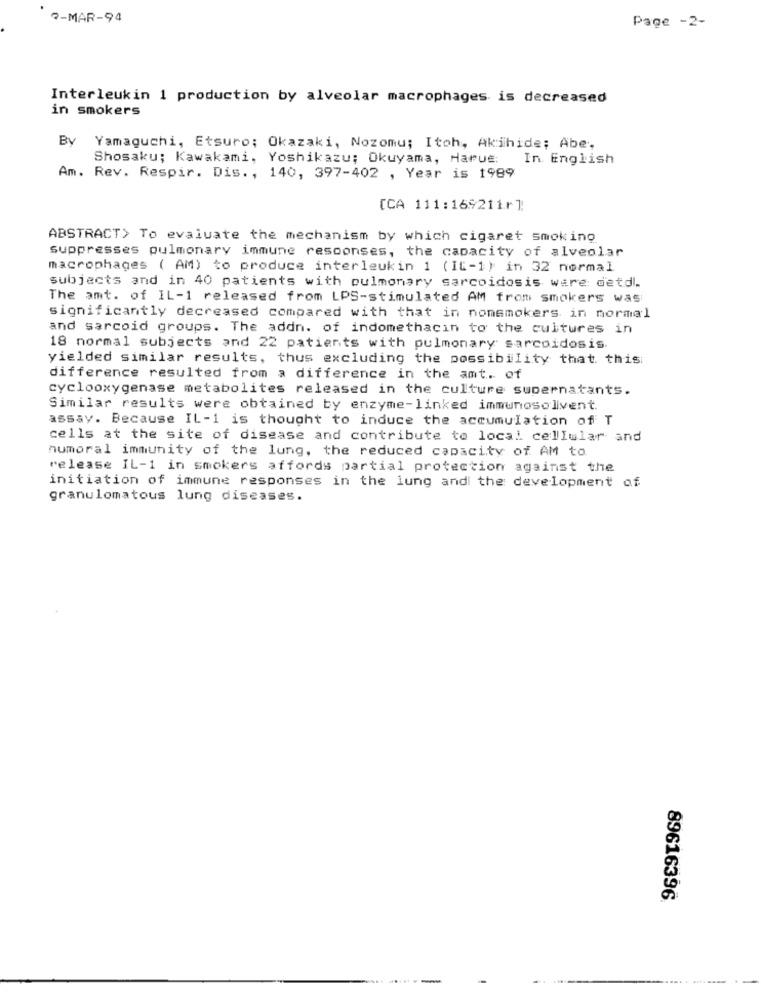
7-MAR-94
Page -2-
Interleukin 1 production by alveolar macrophages is decreased
in smokers
By Yamaguchi, Etsuro; Okazaki, Nozomu; Itoh, Akihide; Abe,
Shosaku; Kawakami, Yoshikazu; Okuyama, Harue:
In English
Am. Rev. Respir. Dis ., 140, 397-402 , Year is 1989
[CA 111:169211r]
ABSTRACT> To evaluate the mechanism by which cigaret smoking
suppresses pulmonary immune responses, the capacity of alveolar
macrophages ( AM) to produce interleukin 1 (It-1) in 32 normal
subjects and in 40 patients with pulmonary sarcoidosis were detdl.
The amt. of IL-1 released from LPS-stimulated AM from smokers was
significantly decreased compared with that in nomsmokers in normal
and sarcoid groups. The addn. of indomethacin to the cultures in
18 normal subjects and 22 patients with pulmonary sarcoidosis.
yielded similar results, thus excluding the possibility that. this
difference resulted from a difference in the amt. of
cyclooxygenase metabolites released in the culture supernatants.
Similar results were obtained by enzyme-linked immunosolivent.
assay. Because IL -1 is thought to induce the accumulation of T
cells at the site of disease and contribute to local cellular and
humoral immunity of the lung, the reduced capacity of AM to
release IL-1 in smokers affords partial protection against the
initiation of immune responses in the lung and the development of
granulomatous lung diseases.
89616396
-